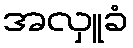
အလှူခံ